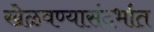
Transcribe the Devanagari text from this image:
खेळवण्यासंदर्भात